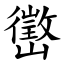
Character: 㠞